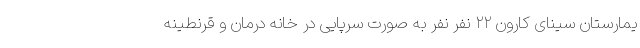
یمارستان سینای کارون ۲۲ نفر نفر به صورت سرپایی در خانه درمان و قرنطینه